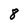
Character: 8